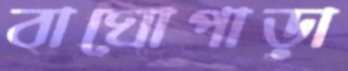
বাঘোপাড়া